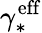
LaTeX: \gamma_{*}^{\mathrm{eff}}